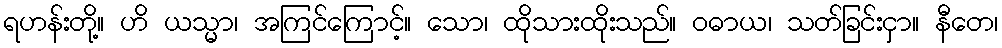
ရဟန်းတို့။ ဟိ ယသ္မာ၊ အကြင်ကြောင့်။ သော၊ ထိုသားထိုးသည်။ ဝဓာယ၊ သတ်ခြင်းငှာ။ နီတေ၊